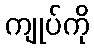
ကျုပ်ကို